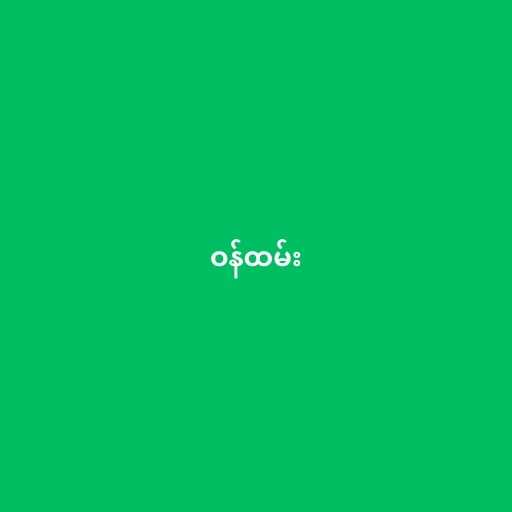
ဝန်ထမ်း